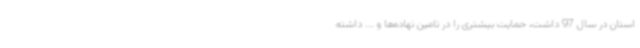
استان در سال 97 داشت، حمایت بیشتری را در تامین نهاده‌ها و ... داشته